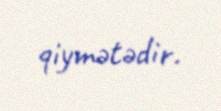
qiymətədir.